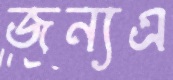
জন্যএ